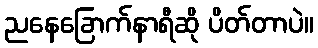
ညနေခြောက်နာရီဆို ပိတ်တာပဲ။